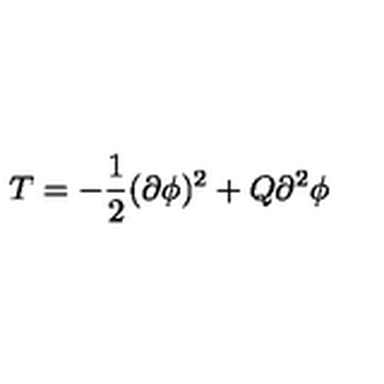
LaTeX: T = - { \frac { 1 } { 2 } } { ( \partial \phi ) ^ { 2 } + Q { \partial } ^ { 2 } \phi }